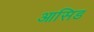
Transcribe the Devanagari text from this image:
आसिड